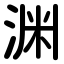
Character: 渊